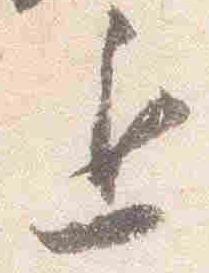
退